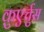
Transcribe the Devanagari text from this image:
क़ुएर्चुस